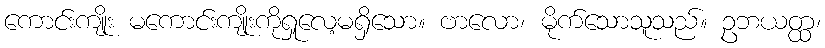
ကောင်းကျိုး မကောင်းကျိုးကိုရှုလေ့မရှိသော။ ဗာလော၊ မိုက်သောသူသည်။ ဥဘယတ္ထ၊